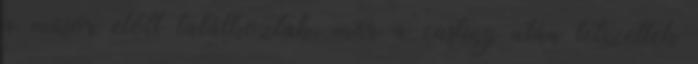
a műsor előtt találkoztak, már a casting után tetszettek